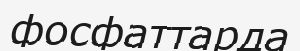
фосфаттарда